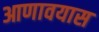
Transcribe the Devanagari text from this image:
आणावयास